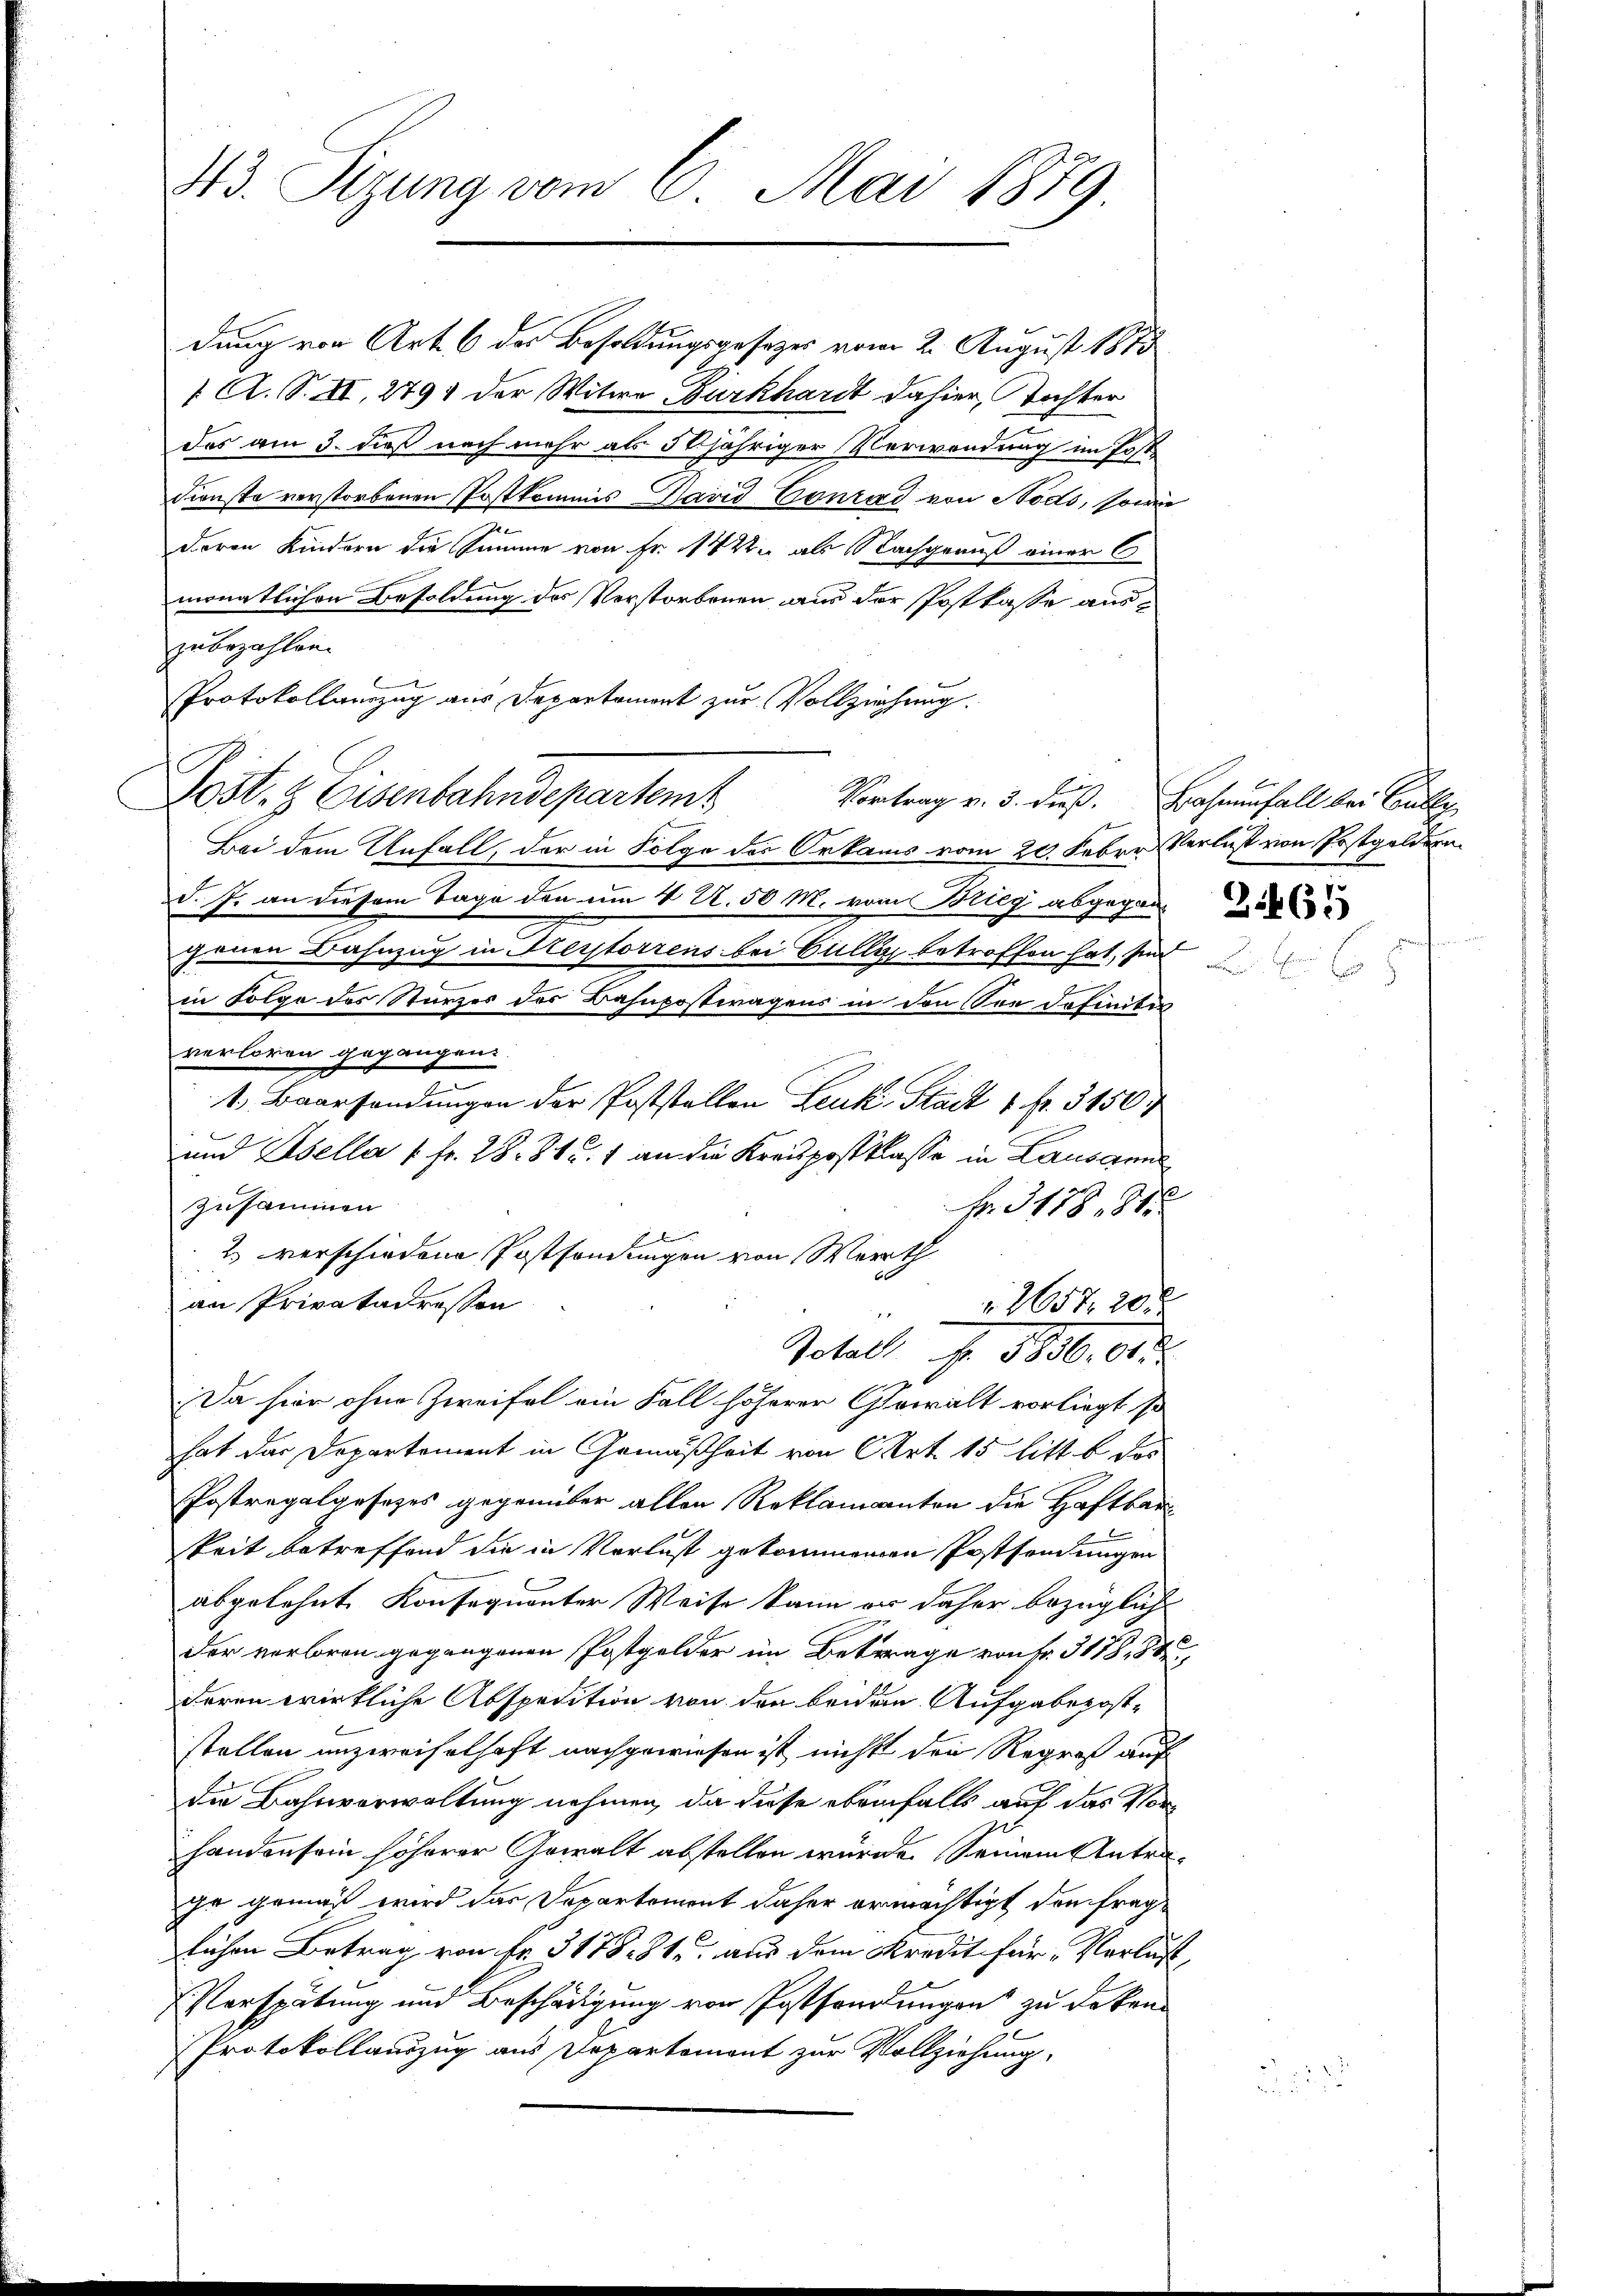
43. Sizung vom 6. Mai 1889.

dung von Art. 6 des Besoldungsgesezes vom 2. August 1873
1 A. S. II, 279) der Witwe Burkhardt dahier, Tochter
des am 3. dieß noch mehr als 50jähriger Verwendung im Post
Dienste verstorbenen Postkommis David Conrad von Nodo, sowie
deren Kindern die Summe von Fr. 1422 als Nachgeauß einer C
monatlichen Besoldung des Verstorbenen aus der Postkasse auszubezahlen.
Protokollauszug aus Departemont zur Vollziehung.
Post. Eisenbahndepartem Vortrag v. 3. dieß. Bahnenfall bei Bulle
Bei dem Unfall, der in Folge des Orkanns vom 20. Feber Verlust von Postgeldern
d. J. an diesem Tage den um 4 U. 50 M. vom Brieg abgegangenen Bahnzug in Kertorrens bei Gulli betroffen hat, sind
.
in Folge des Sturzes des Bahnpostwagens in den Son definitiv
verloren gegangen
1. Baarsendungen der Poststellen Leuk-Stadt 1 fr. 3150
und Esella 1 Fr. 28. 84 u. 1 an die Kreispostklasse in Lausann
zusammen
Fr. 3178, 81
er denen
2. verschiedene Postsendungen von Werth
x
an Privatadressen
2657. 20 x
Total Fr. 5800. d.
Da hier ohne Zweifel ein Fall höherer Gewalt vorliegt so
hat der Departement in Gemäßheit von Art. 15 litt. b des
Postregalgesezes gegenüber allen Reklamanten die Haftbar
keit betreffend die in Verlust gekommenen Postsendungen
abgelehnt. Konsequenter Weise kann er daher bezüglich
der verloren gegangenen Postgelder im Betrage von Fr. 317, 88,
deren wirkliche Abspedition von den beidem Aufgabepoststellen unzweifelhaft nachgewiesen ist nichts den Regroß auf
die Bahnverwaltung nehmen, da diese ebenfalls auf das Vorhandensein höherer Gewalt abstellen würde. Seinem Antraie gemäß wird das Departement daher ermächtigt den fraglichen Betrag von Fr. 3178. 81. aus dem Kredit für Verlust,
Verspätung und Beschädigung von Postfandungen zu deken
Protokollauszug aus Departemont zur Vollziehung,

21465